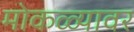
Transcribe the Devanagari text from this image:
मोकळ्यावर